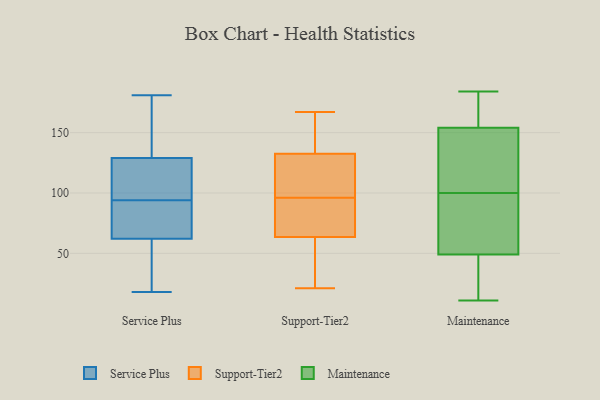
{"axis": {"x": "Energy Usage (MWh)", "y": "Value"}, "legend": ["Maintenance", "Service Plus", "Support-Tier2"], "data": [{"x": "", "y": 181, "type": "Service Plus"}, {"x": "", "y": 88, "type": "Service Plus"}, {"x": "", "y": 49, "type": "Service Plus"}, {"x": "", "y": 175, "type": "Service Plus"}, {"x": "", "y": 74, "type": "Service Plus"}, {"x": "", "y": 127, "type": "Service Plus"}, {"x": "", "y": 103, "type": "Service Plus"}, {"x": "", "y": 89, "type": "Service Plus"}, {"x": "", "y": 157, "type": "Service Plus"}, {"x": "", "y": 57, "type": "Service Plus"}, {"x": "", "y": 120, "type": "Service Plus"}, {"x": "", "y": 18, "type": "Service Plus"}, {"x": "", "y": 67, "type": "Service Plus"}, {"x": "", "y": 99, "type": "Service Plus"}, {"x": "", "y": 131, "type": "Service Plus"}, {"x": "", "y": 55, "type": "Service Plus"}, {"x": "", "y": 92, "type": "Support-Tier2"}, {"x": "", "y": 145, "type": "Support-Tier2"}, {"x": "", "y": 47, "type": "Support-Tier2"}, {"x": "", "y": 92, "type": "Support-Tier2"}, {"x": "", "y": 93, "type": "Support-Tier2"}, {"x": "", "y": 62, "type": "Support-Tier2"}, {"x": "", "y": 167, "type": "Support-Tier2"}, {"x": "", "y": 65, "type": "Support-Tier2"}, {"x": "", "y": 48, "type": "Support-Tier2"}, {"x": "", "y": 115, "type": "Support-Tier2"}, {"x": "", "y": 121, "type": "Support-Tier2"}, {"x": "", "y": 21, "type": "Support-Tier2"}, {"x": "", "y": 99, "type": "Support-Tier2"}, {"x": "", "y": 135, "type": "Support-Tier2"}, {"x": "", "y": 162, "type": "Support-Tier2"}, {"x": "", "y": 130, "type": "Support-Tier2"}, {"x": "", "y": 113, "type": "Maintenance"}, {"x": "", "y": 172, "type": "Maintenance"}, {"x": "", "y": 26, "type": "Maintenance"}, {"x": "", "y": 123, "type": "Maintenance"}, {"x": "", "y": 11, "type": "Maintenance"}, {"x": "", "y": 49, "type": "Maintenance"}, {"x": "", "y": 87, "type": "Maintenance"}, {"x": "", "y": 154, "type": "Maintenance"}, {"x": "", "y": 184, "type": "Maintenance"}, {"x": "", "y": 54, "type": "Maintenance"}]}